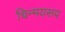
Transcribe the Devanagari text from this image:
चिन्मयरूप